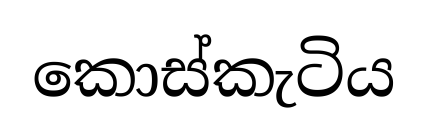
කොස්කැටිය